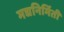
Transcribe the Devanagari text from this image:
मद्यनिर्मिती